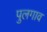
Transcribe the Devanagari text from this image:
पुलगाव